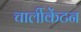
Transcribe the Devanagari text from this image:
चार्लीकेंटन